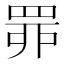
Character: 𦊿